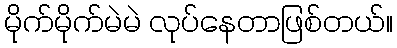
မိုက်မိုက်မဲမဲ လုပ်နေတာဖြစ်တယ်။